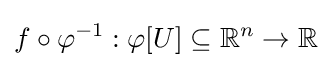
f\circ \varphi ^{-1}:\varphi [U]\subseteq \mathbb {R} ^{n}\to \mathbb {R}